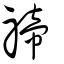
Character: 禘